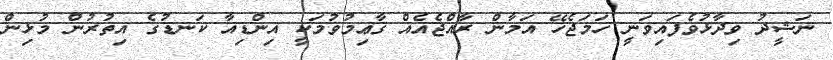
ނަޝީދު ވިދާޅުވެފައިވަނީ ހަމަޖެހޭ އަމާން ރާއްޖެއެއް ޤާޢިމުވުމަކީ އިންޑިއާ ކަނޑުގެ އިތުރުން މުޅިން